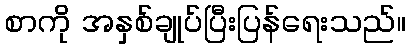
စာကို အနှစ်ချုပ်ပြီးပြန်ရေးသည်။